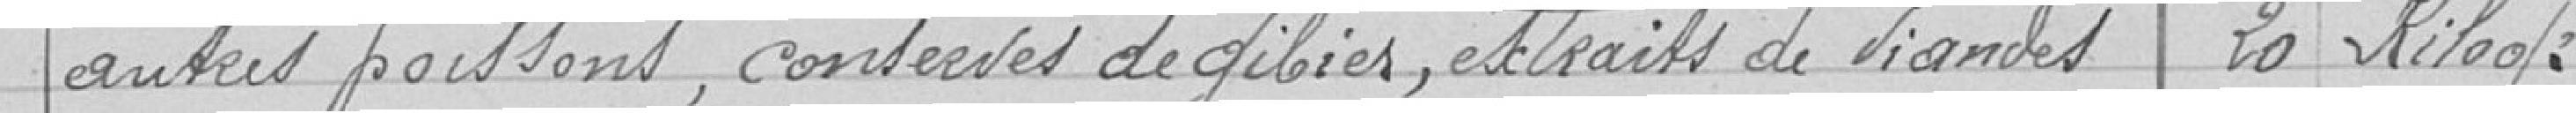
autres poissons, conserves de gibier, extraits de viandes..... 20 kilos.